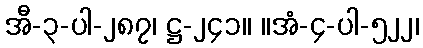
အီ-၃-ပါ-၂၈၇၊ ဋ္ဌ-၂၄၁။ ။အံ-၄-ပါ-၅၂၂၊